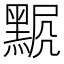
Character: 𪑍